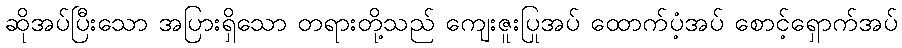
ဆိုအပ်ပြီးသော အပြားရှိသော တရားတို့သည် ကျေးဇူးပြုအပ် ထောက်ပံ့အပ် စောင့်ရှောက်အပ်